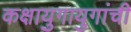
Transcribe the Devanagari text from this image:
कक्षायुगायुगांची